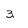
Character: 3